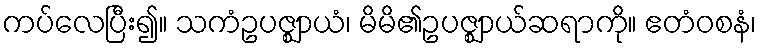
ကပ်လေပြီး၍။ သကံဥပဇ္ဈာယံ၊ မိမိ၏ဥပဇ္ဈာယ်ဆရာကို။ ဧတံဝစနံ၊